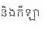
និងកីឡា